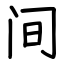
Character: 间